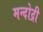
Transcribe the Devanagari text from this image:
मन्दोद्री